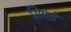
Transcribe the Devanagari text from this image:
सिएंते